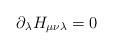
LaTeX: \begin{align*}\partial_{\lambda} H_{\mu \nu \lambda} = 0\end{align*}